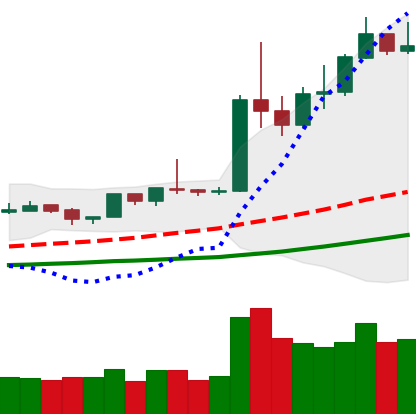
Ticker: ETH-USD
Chart end date: 2019-04-10
Forward return: -8.889%
Label: down_7plus